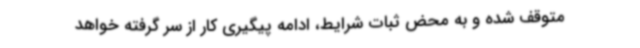
متوقف شده و به محض ثبات شرایط، ادامه پیگیری کار از سر گرفته خواهد